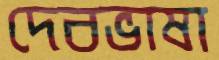
দেবভাষা